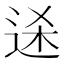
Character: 𬨥